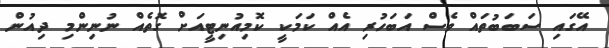
އޭގައި ސަބަބުތައް ވެސް އަބަހުރި އެއް ކަމަކީ ކޮމިއުނިޓީއަށް ގޮތެއް ނުނިންމި ދިއުން